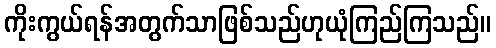
ကိုးကွယ်ရန်အတွက်သာဖြစ်သည်ဟုယုံကြည်ကြသည်။